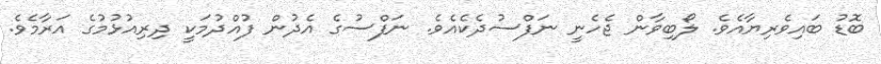
ބޮޑު ބައިވެރިޔާއެވެ. ލޯބިވާން ޖެހެނީ ނަފްސުދެކެއެވެ. ނަފްސުގެ އެދުން ފުއްދުމަކީ ދިރިއުޅުމުގެ އަރާމެވެ.